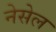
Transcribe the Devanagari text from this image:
नेसेल